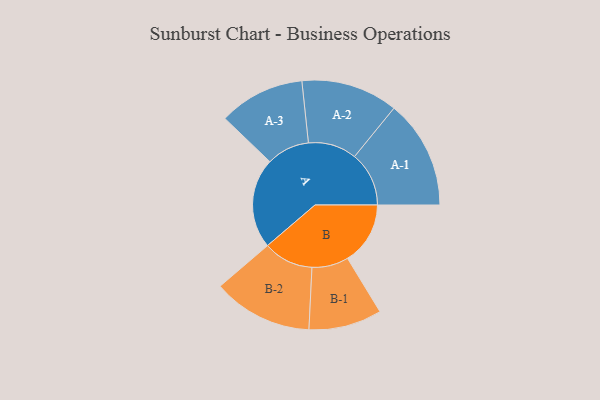
{"axis": {"x": "Segment", "y": "Value"}, "legend": ["", "A", "B"], "data": [{"x": "A", "y": 410, "type": ""}, {"x": "B", "y": 285, "type": ""}, {"x": "A-1", "y": 247, "type": "A"}, {"x": "A-2", "y": 220, "type": "A"}, {"x": "A-3", "y": 195, "type": "A"}, {"x": "B-1", "y": 166, "type": "B"}, {"x": "B-2", "y": 227, "type": "B"}]}